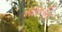
મારૂતિ